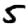
Digit: 5